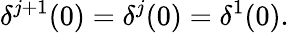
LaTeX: \delta^{j+1}(0)=\delta^{j}(0)=\delta^{1}(0).